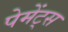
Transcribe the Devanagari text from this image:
पेमेंट्‌स